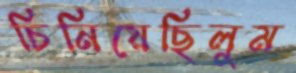
চিনিয়েছিলুম